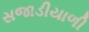
સજાડીયાળી